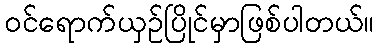
ဝင်ရောက်ယှဉ်ပြိုင်မှာဖြစ်ပါတယ်။